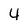
Character: 4